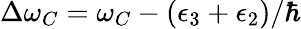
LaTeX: \Delta\omega_{C}=\omega_{C}-(\epsilon_{3}+\epsilon_{2})/\hbar